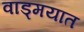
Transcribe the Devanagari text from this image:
वाड्मयात